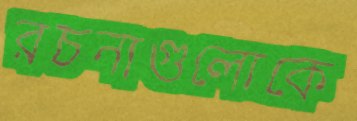
রচনাগুলোকে